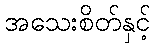
အသေးစိတ်နှင့်